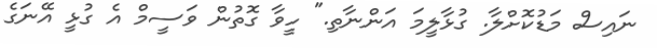
ނައިސް މަޑުކޮށްލާ. ގުޅާލީމަ އަންނާތި." ހީވާ ގޮތުން ވަސީމް އެ ގުޅީ އޭނަގެ